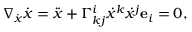
\nabla _ { \Dot { \boldsymbol x } } \Dot { \boldsymbol { x } } = \Ddot { \boldsymbol x } + \Gamma _ { k j } ^ { i } \Dot { x } ^ { k } \Dot { x } ^ { j } \mathbf { e } _ { i } = \boldsymbol 0 ,